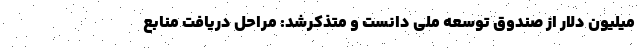
میلیون دلار از صندوق توسعه ملی دانست و متذکرشد: مراحل دریافت منابع